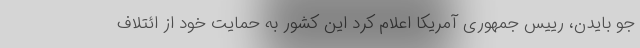
جو بایدن، رییس جمهوری آمریکا اعلام کرد این کشور به حمایت خود از ائتلاف